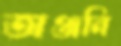
অঞ্জনি